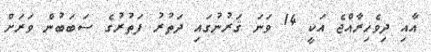
އާއި ދިވެހިރާއްޖެ އަކީ 14 ވަނަ ޤަރުނުގައި ދަތުރު ފަތުރުގެ ސަބަބުން ވަރަށް